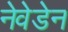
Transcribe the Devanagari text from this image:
नेवेडेन